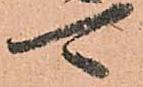
可